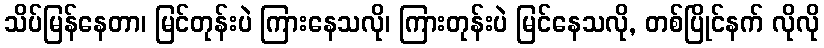
သိပ်မြန်နေတာ၊ မြင်တုန်းပဲ ကြားနေသလို၊ ကြားတုန်းပဲ မြင်နေသလို, တစ်ပြိုင်နက် လိုလို